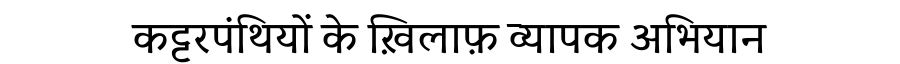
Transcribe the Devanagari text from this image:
कट्टरपंथियों के ख़िलाफ़ व्यापक अभियान